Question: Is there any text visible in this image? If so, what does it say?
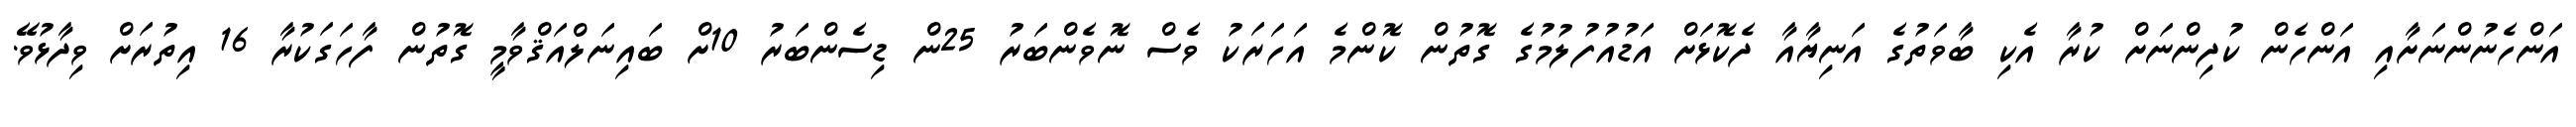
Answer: އަންހެނުންނަށާއި އަންހެން ކުދިންނަށް ކުރާ އެކި ބާވަތުގެ އަނިޔާއާ ދެކޮޅަށް އަޑުއުފުލުމުގެ ގޮތުން ކޮންމެ އަހަރަކު ވެސް ނޮވެންބަރު 25ން ޑިސެންބަރު 10ށް ބައިނަލްއަޤްވާމީ ގޮތުން ފާހަގަކުރާ 16 އިތުރަށް ވިދާޅުވޭ.